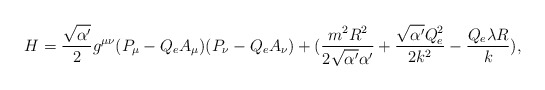
\begin{align*}H = \frac{\sqrt{\alpha^\prime}}{2} g^{\mu \nu} (P_\mu - Q_e A_\mu) (P_\nu - Q_e A_\nu) + (\frac{m^2 R^2}{2 \sqrt{\alpha^\prime} \alpha^\prime} + \frac{\sqrt{\alpha^\prime} Q_e^2}{2 k^2} - \frac{Q_e \lambda R}{k}) ,\end{align*}